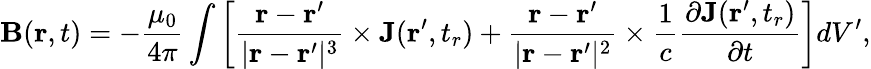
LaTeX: \mathbf{B}(\mathbf{r},t)=-{\frac{\mu_{0}}{4\pi}}\int\left[{\frac{\mathbf{r}-\mathbf{r}^{\prime}}{|\mathbf{r}-\mathbf{r}^{\prime}|^{3}}}\times\mathbf{J}(\mathbf{r}^{\prime},t_{r})+{\frac{\mathbf{r}-\mathbf{r}^{\prime}}{|\mathbf{r}-\mathbf{r}^{\prime}|^{2}}}\times{\frac{1}{c}}{\frac{\partial\mathbf{J}(\mathbf{r}^{\prime},t_{r})}{\partial t}}\right]dV^{\prime},